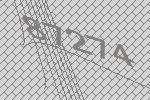
87274